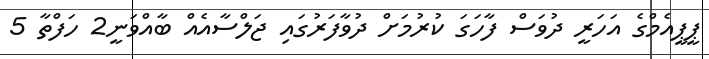
ޕީޕީއެމްގެ އަހަރީ ދުވަސް ފާހަގަ ކުރުމަށް ދުވާފަރުގައި ޖަލްސާއެއް ބާއްވަނީ2 ހަފްތާ 5